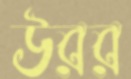
উরর